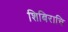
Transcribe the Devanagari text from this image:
शिबिराचि